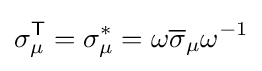
\sigma _{\mu }^{\textsf {T}}=\sigma _{\mu }^{*}=\omega {\overline {\sigma }}_{\mu }\omega ^{-1}